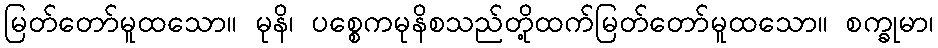
မြတ်တော်မူထသော။ မုနိ၊ ပစ္စေကမုနိစသည်တို့ထက်မြတ်တော်မူထသော။ စက္ခုမာ၊